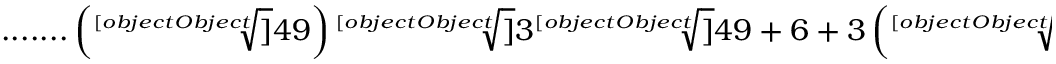
{ \mathrm { . . . . . . . } } \left( { \sqrt [ [object Object] ] { 4 9 } } \right) { \sqrt [ [object Object] ] { 3 { \sqrt [ [object Object] ] { 4 9 } } + 6 + 3 \left( { \sqrt [ [object Object] ] { 8 9 + 3 ( 3 { \sqrt [ [object Object] ] { 4 9 } } + 5 { \sqrt [ [object Object] ] { 7 } } ) } } + { \sqrt [ [object Object] ] { 2 5 + 3 ( 3 { \sqrt [ [object Object] ] { 4 9 } } + 5 { \sqrt [ [object Object] ] { 7 } } ) } } \right) } }